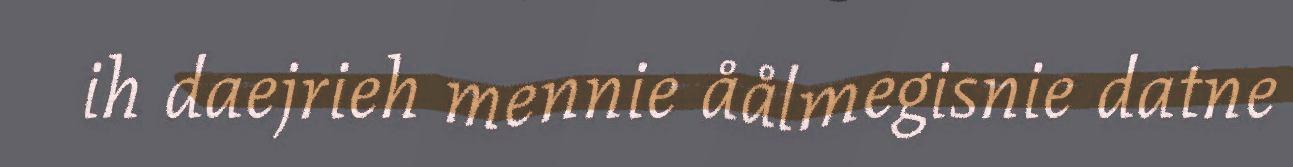
ih daejrieh mennie åålmegisnie datne